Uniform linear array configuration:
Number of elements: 48
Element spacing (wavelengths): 1
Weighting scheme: hann
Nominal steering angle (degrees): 45
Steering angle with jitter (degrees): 43.254
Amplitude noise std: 0.05
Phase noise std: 0.05

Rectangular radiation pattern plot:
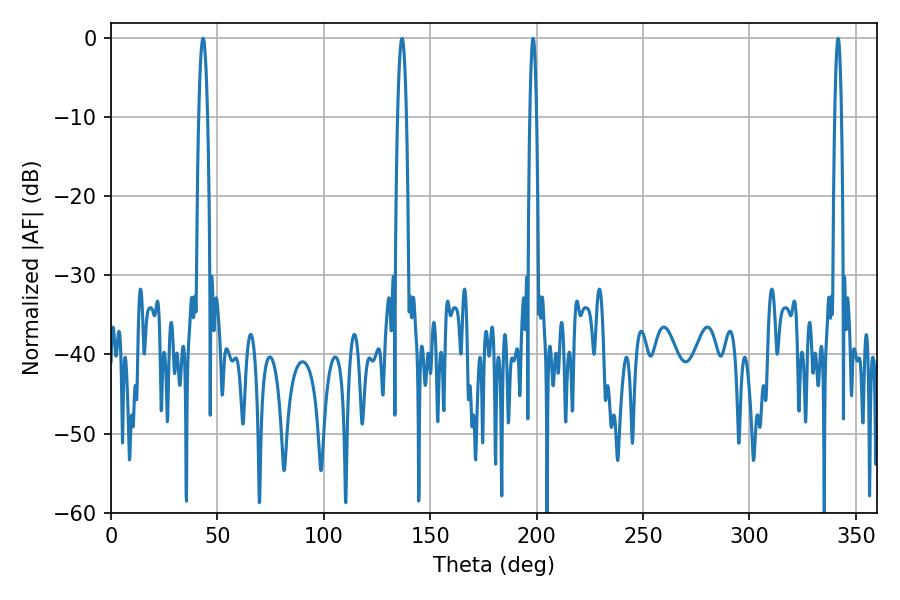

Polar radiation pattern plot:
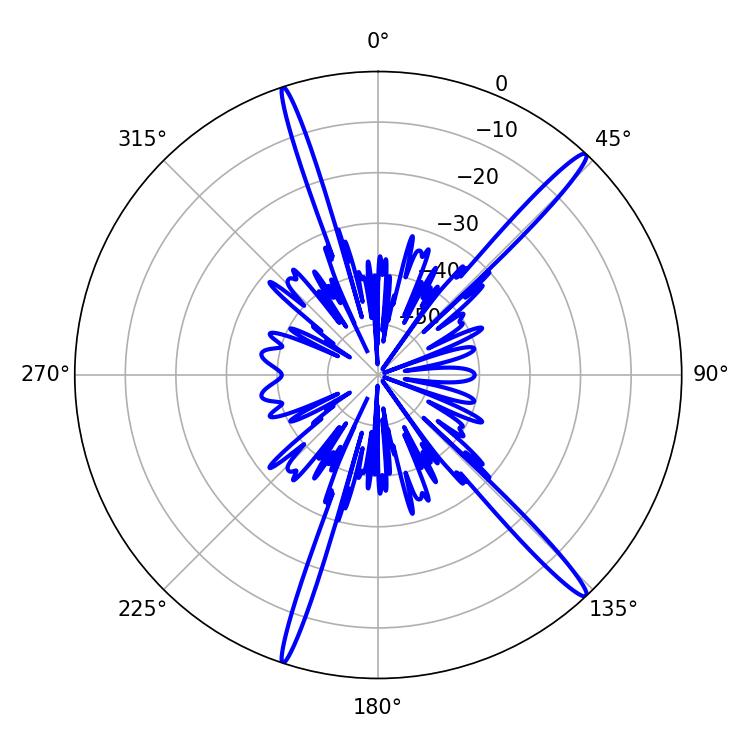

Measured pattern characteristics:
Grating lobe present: TRUE
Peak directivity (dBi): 17.129
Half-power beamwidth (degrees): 1.8
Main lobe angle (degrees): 198.36